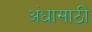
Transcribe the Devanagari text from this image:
अंधासाठी